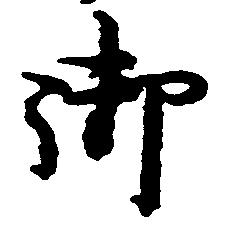
御